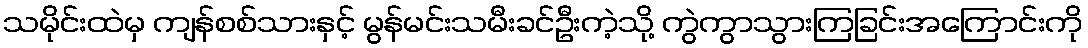
သမိုင်းထဲမှ ကျန်စစ်သားနှင့် မွန်မင်းသမီးခင်ဦးကဲ့သို့ ကွဲကွာသွားကြခြင်းအကြောင်းကို